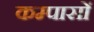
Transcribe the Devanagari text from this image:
कम्पासों